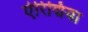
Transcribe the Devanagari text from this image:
ऐरिद्मिया